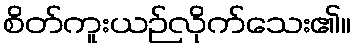
စိတ်ကူးယဉ်လိုက်သေး၏။